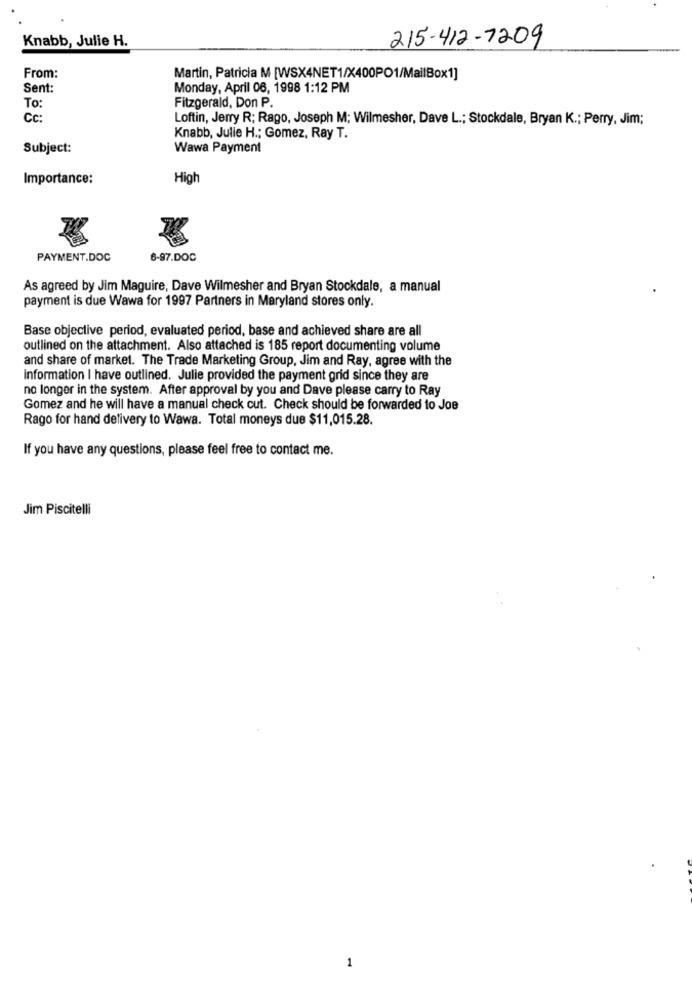
Knabb, Julie H.
215-412-7209
From:
Martin, Patricia M [WSX4NET1/X400PO1/MailBox1]
Sent:
Monday, April 06, 1998 1:12 PM
To
Fitzgerald, Don P.
Cc:
Loftin, Jerry R; Rago, Joseph M; Wilmesher, Dave L .; Stockdale, Bryan K .; Perry, Jim;
Knabb, Julie H .; Gomez, Ray T.
Subject:
Wawa Payment
Importance:
High
PAYMENT.DOC
6-97.DOC
As agreed by Jim Maguire, Dave Wilmesher and Bryan Stockdale, a manual
payment is due Wawa for 1997 Partners in Maryland stores only.
Base objective period, evaluated period, base and achieved share are all
outlined on the attachment. Also attached is 185 report documenting volume
and share of market. The Trade Marketing Group, Jim and Ray, agree with the
Information I have outlined. Julie provided the payment grid since they are
no longer in the system. After approval by you and Dave please carry to Ray
Gomez and he will have a manual check cut. Check should be forwarded to Joe
Rago for hand delivery to Wawa. Total moneys due $11,015.28.
If you have any questions, please feel free to contact me.
Jim Piscitelli
1